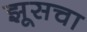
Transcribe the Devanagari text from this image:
झूसचा